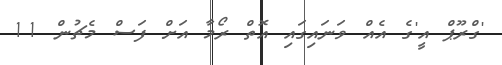
'ގްރޫޕް އީ'ގެ އެއް ވަނައިގައި އޮތް ރޯމާ އަށް ފަސް މެޗުން 11